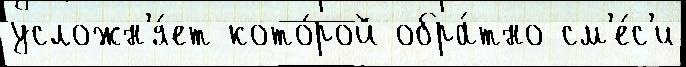
усложн'я́ет кото́рой обра́тно см'е́с'и